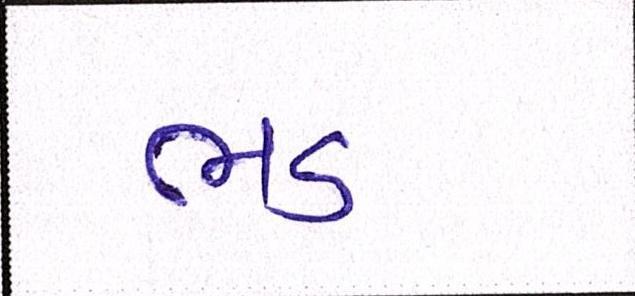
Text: ભડ